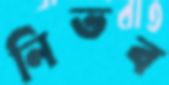
নিভব